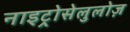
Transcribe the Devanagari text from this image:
नाइट्रोसेलुलोज़